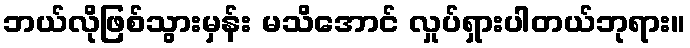
ဘယ်လိုဖြစ်သွားမှန်း မသိအောင် လှုပ်ရှားပါတယ်ဘုရား။